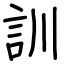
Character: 訓